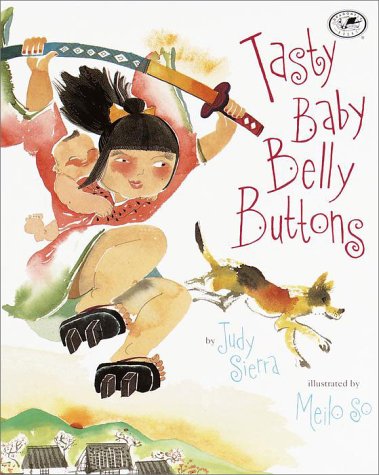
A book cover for Tasty Baby Belly Buttons; Judy Sierra; Children's Books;